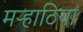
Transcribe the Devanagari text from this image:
मऱ्हाठियां